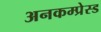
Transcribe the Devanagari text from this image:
अनकम्प्रेस्ड